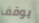
يوقف